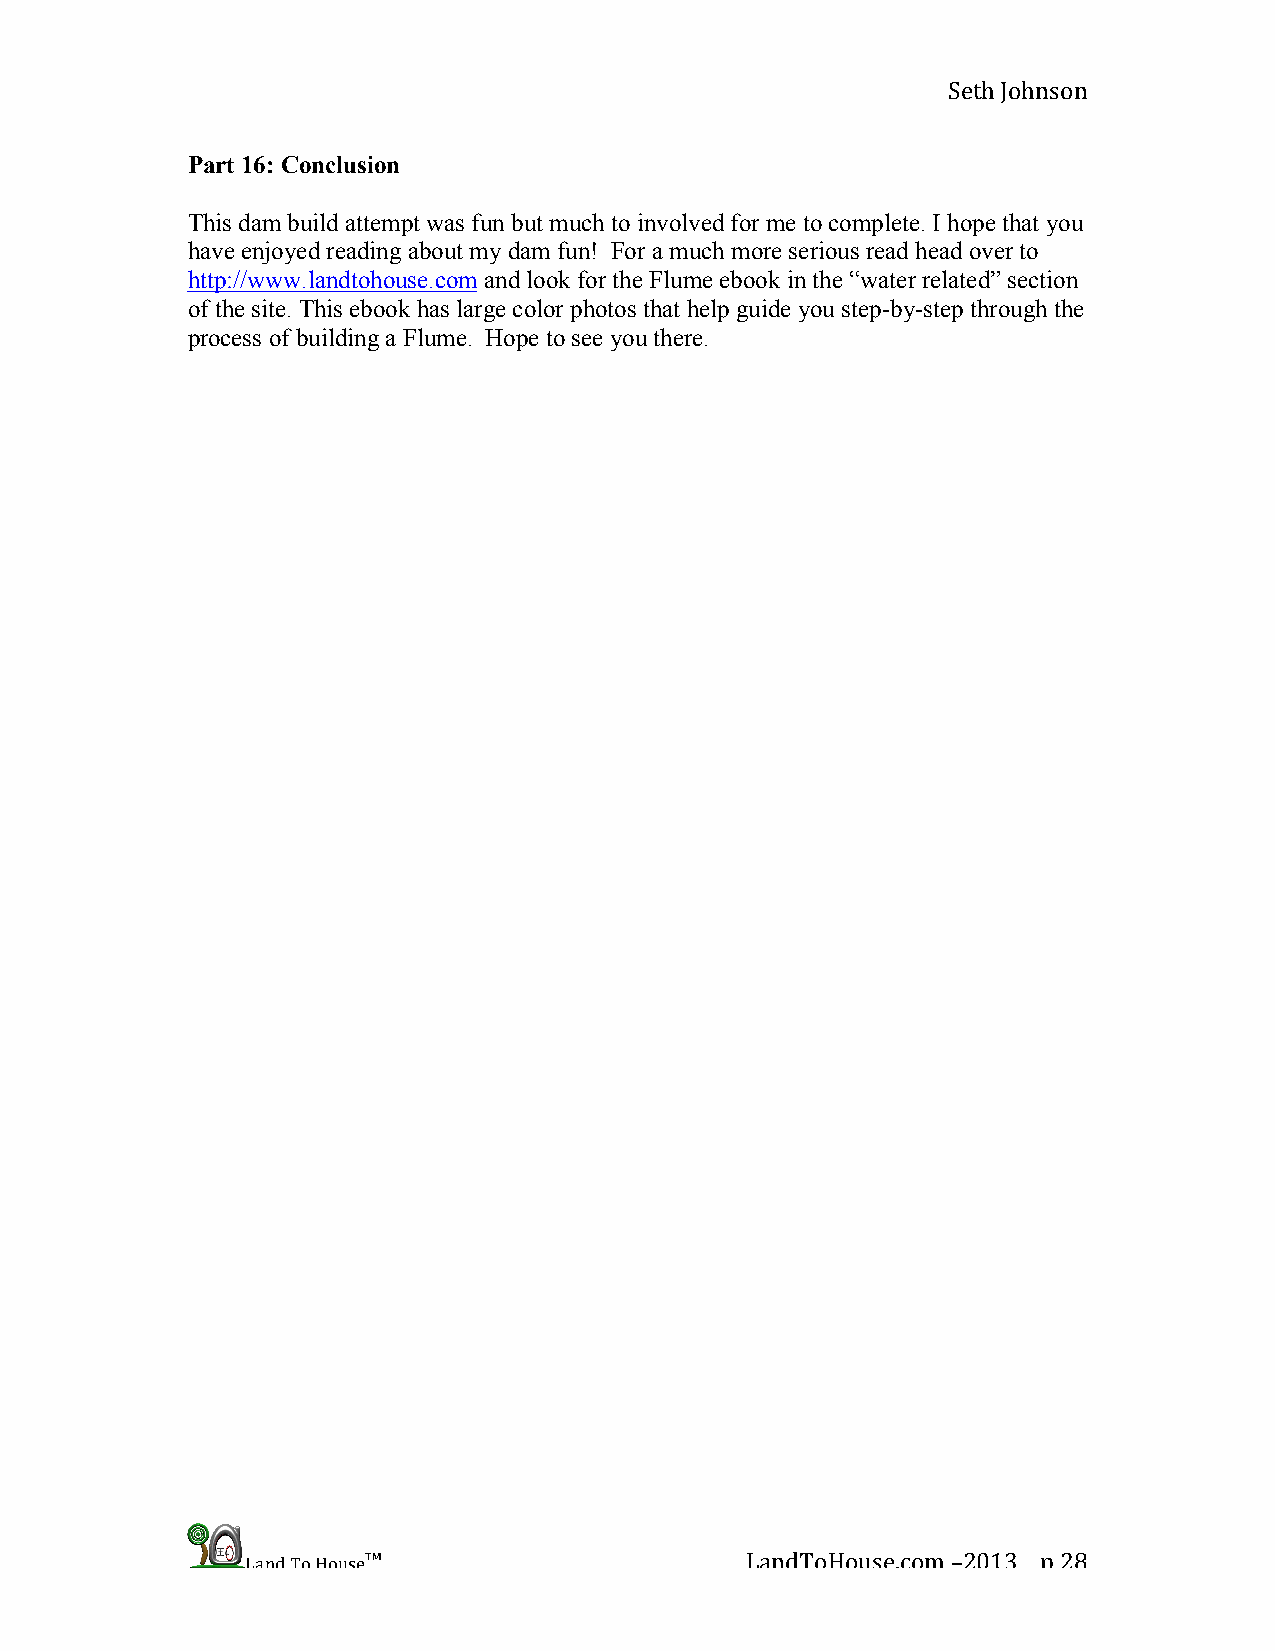
Seth Johnson
 Part 16: Conclusion
 This dam build attempt was fun but much to involved for me to complete. I hope that you
 have enjoyed reading about my dam fun! For a much more serious read head over to
 http://www.landtohouse.com and look for the Flume ebook in the “water related” section
 of the site. This ebook has large color photos that help guide you step-by-step through the
 process of building a Flume. Hope to see you there.
 Land To House™                   LandToHouse.com –2013 p 28